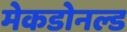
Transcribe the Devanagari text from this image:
मेकडोनल्ड